Report of the Indian Hemp Drugs Commission, 1894-1895 - Volume VI
Year: 1894
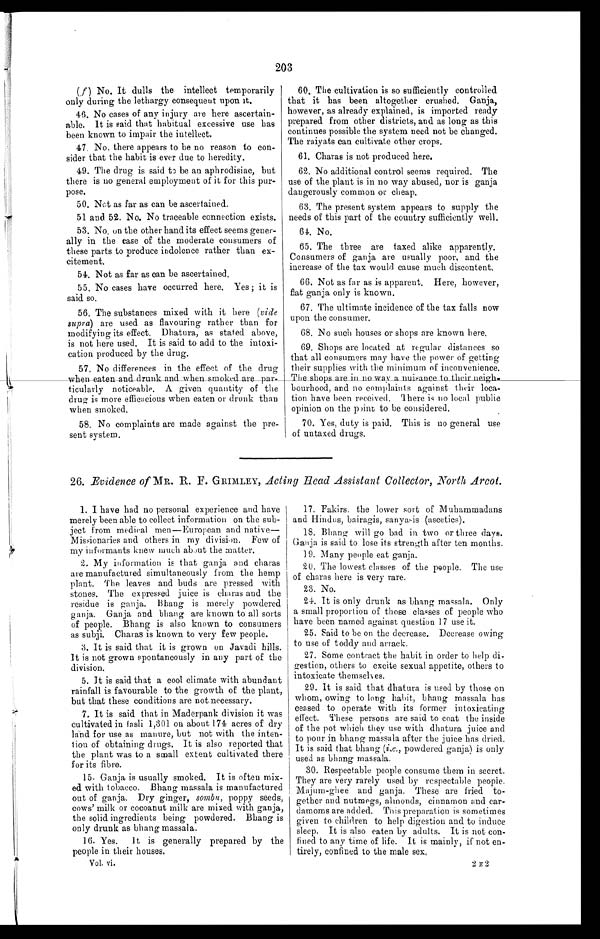
203
(f ) No. It dulls the intellect temporarily
only during the lethargy consequent upon it.
46. No cases of any injury are here ascertain-
able. It is said that habitual excessive use has
been known to impair the intellect.
47. No, there appears to be no reason to con-
sider that the habit is ever due to heredity.
49. The drug i
s said to be an aphrodisiac, but
there is no general employment of it for this pur
- p o s e .
50. Not as far as can be ascertained.
51 and 52. No. No traceable connection exists.
53. No, on the other hand its effect seems gener-
ally in the ease of the moderate consumers of
these parts to produce indolence rather than ex
-citement.
54. Not as far as can be ascertained.
5 5 . N o c a s e s h a v e o c c u r r e d h e r e . Y e s ; i t i s
said so.
5 6 . T h e s u b s t a n c e s m i x e d w i t h i t h e r e (v
i d e
supra) are used as flavouring rather than for
modifying its effect. Dhatura, as stated above,
is not here used. It is said to add to the intoxi
-cation produced by the drug.
57. No differences in the effect of the drug
w h e n e a t e n a n d d r u n k a n d w h e n s m o k e d a r e p a r - t i c u l a r l y n o t i c e a b l e . A g i v e n q u a n t i t y o f t h e
drug is more efficacious when eaten or drunk than
when smoked.
58. No complaints are made against the pre-
sent system.
60. The cultivation is so sufficiently controlled
that it has been altogether crushed. Ganja,
however, as already explained, is imported ready
prepared from other districts, and as long as this
continues possible the system need not be changed.
The raiyats can cultivate other crops.
61. Charas is not produced here.
62. No additional control seems required. The
use of the plant is in no way abused, nor is ganja
dangerously common or cheap.
63. The present system appears to supply the
needs of this part of the country sufficiently well.
64. No.
65. The three are taxed alike apparently.
Consumers of ganja are usually poor, and the
increase of the tax would cause much discontent
.
66. Not as far as is apparent. Here, however,
flat ganja only is known.
67. The ultimate incidence of the tax falls now
upon the consumer.
68. No such houses or shops are known here.
69. Shops are located at regular distances so
that all consumers may have the power of getting
their supplies with the minimum of inconvenience.
The shops are in no way a nuisance to their neigh-
bourhood, and no complaints against their loca-
tion have been received. There is no local public
opinion on the pint to be considered.
70. Yes, duty is paid. This is no general use
of untaxed drugs.
26. Evidence of MR. R. E. GRIMLEY, Acting Head Assistant Collector, North Arcot.
1. I have had no personal experience and have
merely been able to collect information on the sub
-ject from medical men—European and native
— M i s s i o n a r i e s a n d o t h e r s i n m y d i v i s i o n . F e w o f
my informants knew much about the matter.
2. My information is that ganja and charas
are manufactured simultaneously from the hemp
plant. The leaves and buds are pressed with
stones. The expressed juice is charas and the
residue is ganja. Bhang is merely powdered
ganja. Ganja and bhang are known to all sorts
of people. Bhang is also known to consumers
as subji. Charas is known to very few people.
3. It is said that it is grown on Javadi hills.
It is not grown spontaneously in any part of the
division.
5. It is said that a cool climate with abundant
rainfall is favourable to the growth of the plant,
but that these conditions are not necessary.
7. It is said that in Maderpank division it was
cul t i vat ed i n f as l i 1, 301 on about 174 acr es of dr y
land for use as manure, but not with the inten
- t i o n o f o b t a i n i n g d r u g s . I t i s a l s o r e p o r t e d t h a t
the plant was to a small extent cultivated there
for its fibre.
15. Ganja is usually smoked. It is often mix
- e d
w i t h t o b a c c o . B h a n g m a s s a l a i s m a n u f a c t u r e d
out of ganja. Dry ginger, sombu, poppy seeds,
cows' milk or cocoanut milk are mixed with ganja,
the solid ingredients being powdered. Bhang is
only drunk as bhang massala.
16. Yes. It is generally prepared by the
people in their houses.
17. Fakirs, the lower sort of Muhammadans
and Hindus, bairagis, sanyasis (ascetics).
18. Bhang will go bad in two or three days.
Ganja is said to lose its strength after ten months.
19. Many people eat ganja.
20. The lowest classes of the people. The use
of charas here is very rare.
23. No.
24. It is only drunk as bhang massala. Only
a small proportion of those classes of people who
have been named against question 17 use it.
25. Said to be on the decrease. Decrease owing
to use of toddy and arrack.
27. Some contract the habit in order to help di-
gestion, others to excite sexual appetite, others to
intoxicate themselves.
29. It is said that dhatura is used by those on
whom, owing to long habit, bhang massala has
ceased to operate with its former intoxicating
effect. These persons are said to coat the inside
of the pot which they use with dhatura juice and
to pour in bhang massala after the juice has dried.
It is said that bhang (i.e., powdered ganja) is only
used as bhang massala.
30. Respectable people consume them in secret.
They are very rarely used by respectable people.
Majum-ghee and ganja. These are fried to-
gether and nutmegs, almonds, cinnamon and car-
damoms are added. This preparation is sometimes
given to children to help digestion and to induce
sleep. It is also eaten by adults. It is not con
-fined to any time of life. It is mainly, if not en
-tirely, confined to the male sex,
Vol. vi.
2 E 2